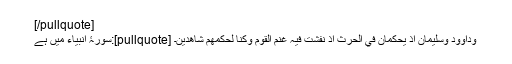
[/pullquote]
سورۂ انبیاء میں ہے:[pullquote] وَدَاوُودَ وَسُلَيْمَانَ اذْ يَحْكُمَانِ فِي الْحَرْثِ اذْ نَفَشَتْ فِيہِ غَنَمُ الْقَوْمِ وَكُنَّا لِحُكْمِھمْ شَاھدِينَ۔